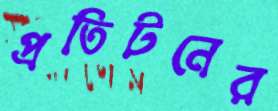
প্রতিটনের